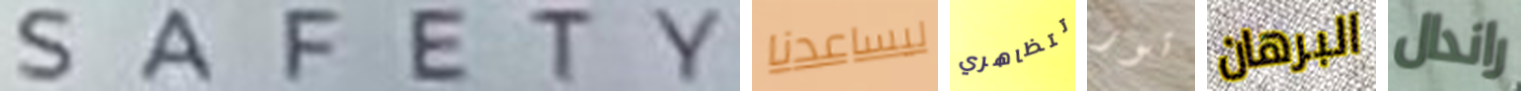
SAFETY ليساعدنا تتظاهري تور البرهان راندال